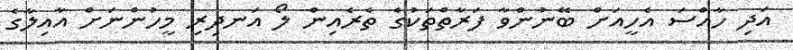
އަދި ހާއްސަ އެހީއަށް ބޭނުންވާ ފަރާތްތަކުގެ ތެރެއިން ލޯ އަނދިރި މީހުންނަށް އާއިލާގެ